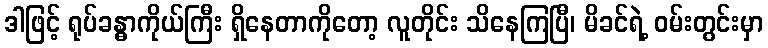
ဒါဖြင့် ရုပ်ခန္ဓာကိုယ်ကြီး ရှိနေတာကိုတော့ လူတိုင်း သိနေကြပြီ၊ မိခင်ရဲ့ ဝမ်းတွင်းမှာ